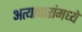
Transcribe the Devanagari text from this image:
अत्याचारांमध्ये